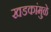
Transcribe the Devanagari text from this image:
खडकांमुळे